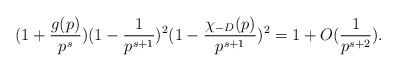
LaTeX: \begin{align*}(1+\frac{g(p)}{p^s})(1-\frac{1}{p^{s+1}})^2(1-\frac{\chi_{-D}(p)}{p^{s+1}})^2=1+O(\frac{1}{p^{s+2}}).\end{align*}